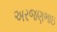
અરજણભાઇ